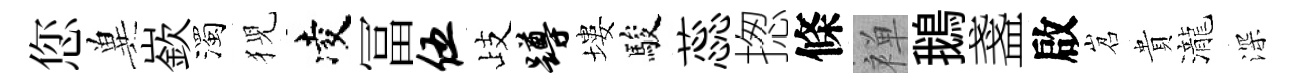
您兾嶔濁猊凌冨伍歧蹲塿駿蕊揔條禅鵝盞啟岧貴瀧深